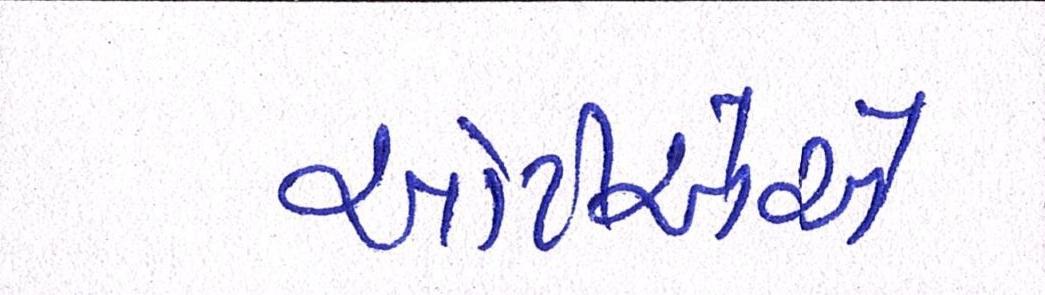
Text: ઓટીએએ